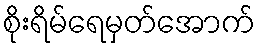
စိုးရိမ်ရေမှတ်အောက်